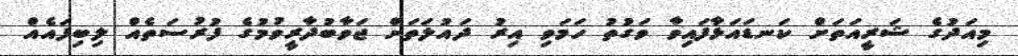
މިއަދުގެ ޝަރީއަތަށް ކަނޑައަޅާފައިވާ ވަގުތު ހަމަވި އިރު ދައުލަތަށް ޖަވާބުދާރީވުމުގެ ފުރުސަތެއް ލިބިފައެއް